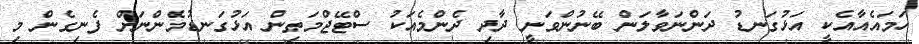
ހަމައެއާއެކީ އަޅުގަނޑު ދަންނަވާލަން ބޭނުންވަނީ ދާދި ދެންމެއަކު ސްޓޭޖްމަތިން އަޅުގަނޑުމެންނަށް ފެނިގެން މި